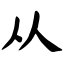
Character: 从